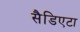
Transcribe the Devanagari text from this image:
सैडिएटा